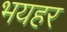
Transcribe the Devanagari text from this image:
भयहर